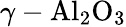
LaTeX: \gamma-\mathrm{Al}_{2}\mathrm{O}_{3}